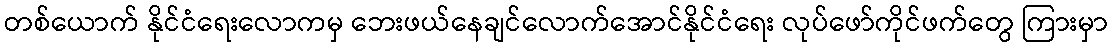
တစ်ယောက် နိုင်ငံရေးလောကမှ ဘေးဖယ်နေချင်လောက်အောင်နိုင်ငံရေး လုပ်ဖော်ကိုင်ဖက်တွေ ကြားမှာ